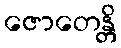
ဇောတေန္တိ